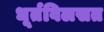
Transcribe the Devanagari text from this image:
धूर्तविलसत